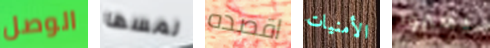
الوصل لمسها اقصده الأمنيات يعبروا